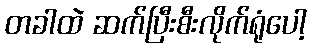
တခါထဲ ဆက်ပြီးစီးလိုက်ရုံပေါ့